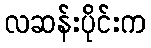
လဆန်းပိုင်းက